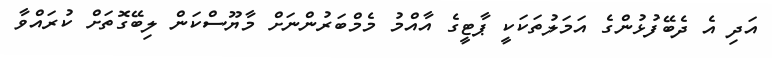
އަދި އެ ދެބޭފުޅުންގެ އަމަލުތަކަކީ ޕާޓީގެ އާއްމު މެމްބަރުންނަށް މާޔޫސްކަން ލިބޭގޮތަށް ކުރައްވާ